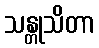
သန္တုသိတာ